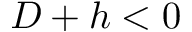
D + h < 0